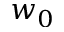
w _ { 0 }